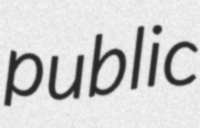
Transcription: public